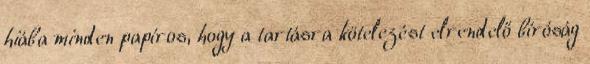
hiába minden papíros, hogy a tartásra kötelezést elrendelő bíróság